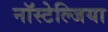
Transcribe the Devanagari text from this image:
नॉस्टेल्जिया